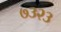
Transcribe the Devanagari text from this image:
७३२३